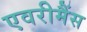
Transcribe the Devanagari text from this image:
एवरीमैंस